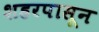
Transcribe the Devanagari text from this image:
शहरपासून